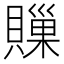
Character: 𧷣